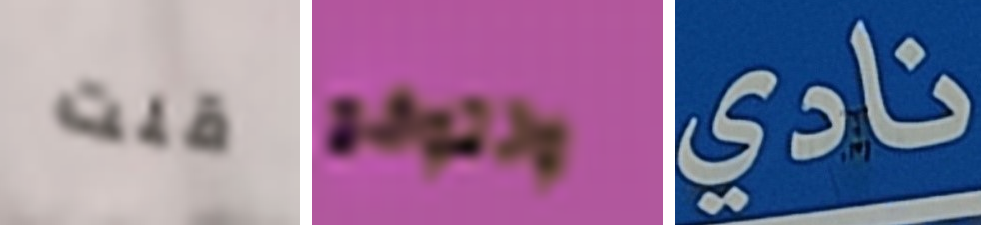
قلت وتتوقع نادي